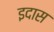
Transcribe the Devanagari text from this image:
इदास